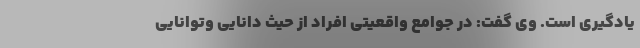
یادگیری است. وی گفت: در جوامع واقعیتی افراد از حیث دانایی وتوانایی